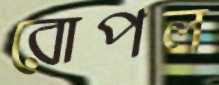
রোপল